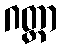
ဂတ္တာ